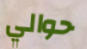
حوالي